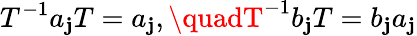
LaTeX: T^{-1}a_{\mathbf{j}}T=a_{\mathbf{j}},\quadT^{-1}b_{\mathbf{j}}T=b_{\mathbf{j}}a_{\mathbf{j}}